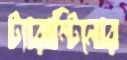
ট্যারান্টিনোর